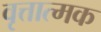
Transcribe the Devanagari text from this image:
वृत्तात्मक